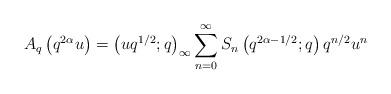
LaTeX: \begin{align*}A_{q}\left(q^{2\alpha}u\right)=\left(uq^{1/2};q\right)_{\infty}\sum_{n=0}^{\infty}S_{n}\left(q^{2\alpha-1/2};q\right)q^{n/2}u^{n}\end{align*}